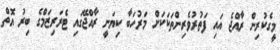
މީގެކުރިން ރާއްޖެ އައި ފަތުރުވެރިންތަކަކަށް މަރުހަބާ ކިޔަނީ ރާއްޖޭގައި ޓެރަރިޒަމްގެ ބިރު އޮތް